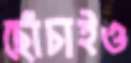
ছোঁচাইও